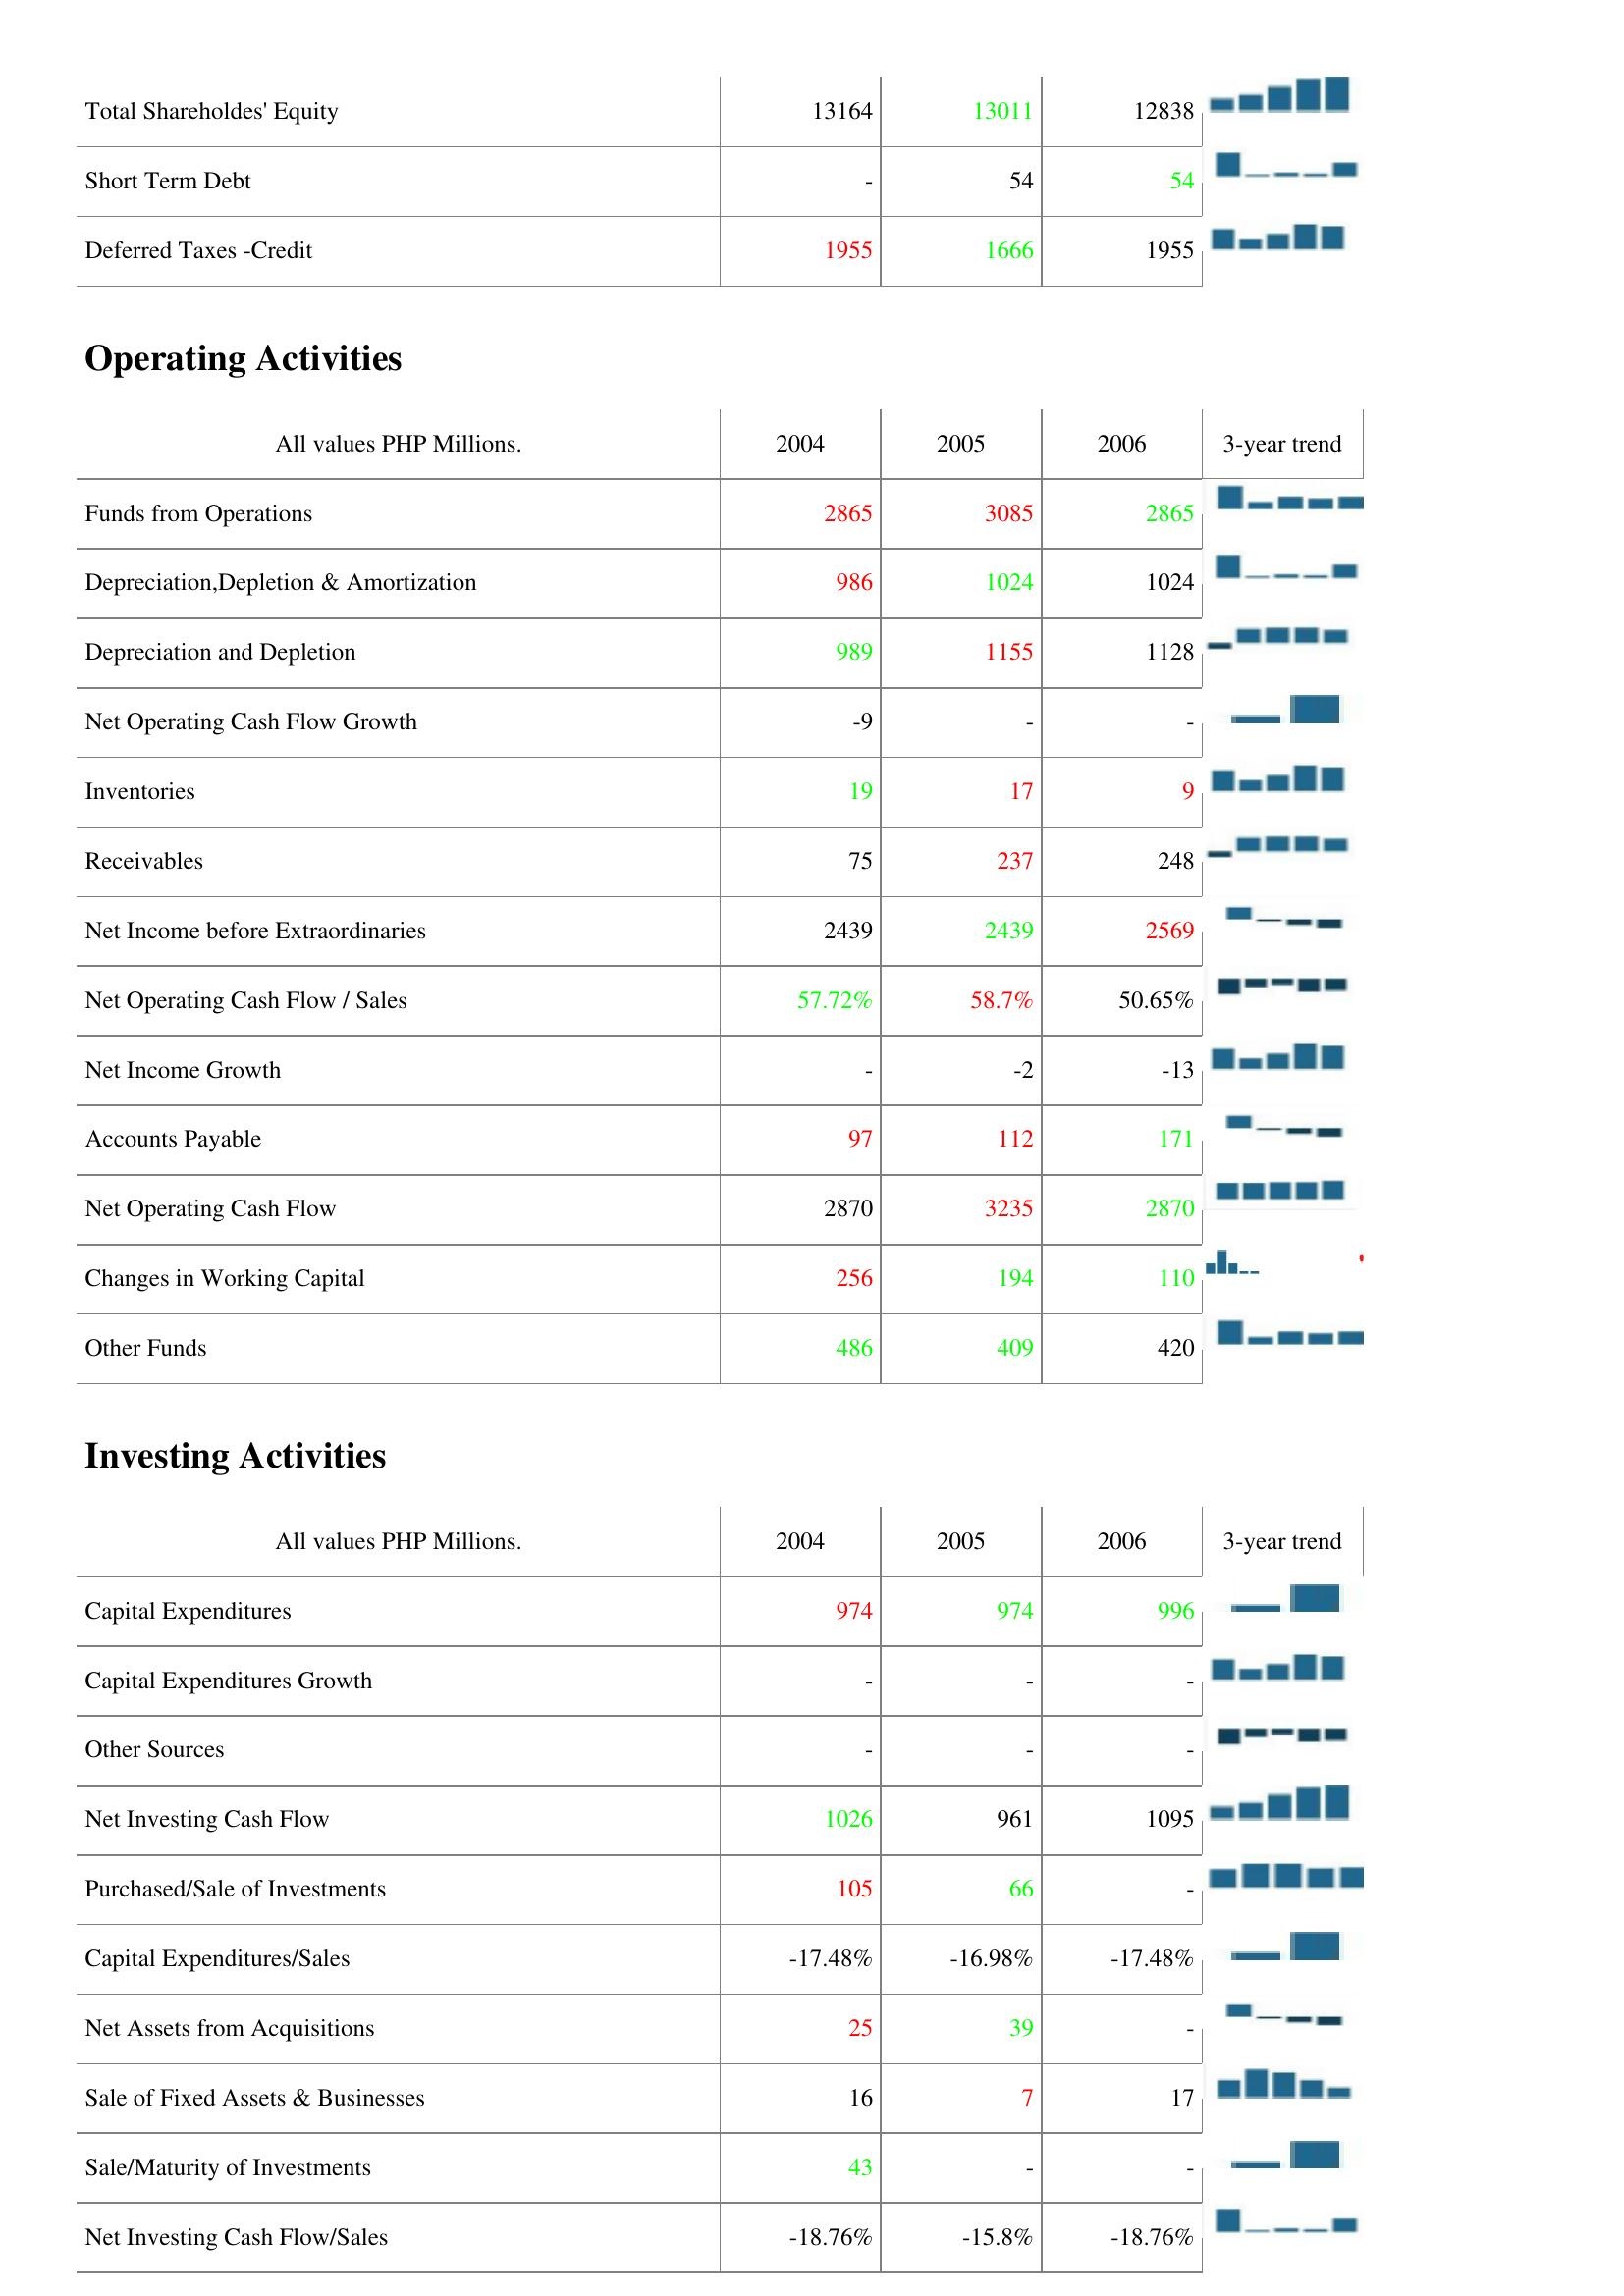
2004: Liabilities & Shareholder's Equity: Total Shareholdes' Equity: 13164
Short Term Debt: -
Deferred Taxes -Credit: 1955
Operating Activities: Funds from Operations: 2865
Depreciation,Depletion & Amortization: 986
Depreciation and Depletion: 989
Net Operating Cash Flow Growth: -9
Inventories: 19
Receivables: 75
Net Income before Extraordinaries: 2439
Net Operating Cash Flow / Sales: 57.72%
Net Income Growth: -
Accounts Payable: 97
Net Operating Cash Flow: 2870
Changes in Working Capital: 256
Other Funds: 486
Investing Activities: Capital Expenditures: 974
Capital Expenditures Growth: -
Other Sources: -
Net Investing Cash Flow: 1026
Purchased/Sale of Investments: 105
Capital Expenditures/Sales: -17.48%
Net Assets from Acquisitions: 25
Sale of Fixed Assets & Businesses: 16
Sale/Maturity of Investments: 43
Net Investing Cash Flow/Sales: -18.76%
2005: Liabilities & Shareholder's Equity: Total Shareholdes' Equity: 13011
Short Term Debt: 54
Deferred Taxes -Credit: 1666
Operating Activities: Funds from Operations: 3085
Depreciation,Depletion & Amortization: 1024
Depreciation and Depletion: 1155
Net Operating Cash Flow Growth: -
Inventories: 17
Receivables: 237
Net Income before Extraordinaries: 2439
Net Operating Cash Flow / Sales: 58.7%
Net Income Growth: -2
Accounts Payable: 112
Net Operating Cash Flow: 3235
Changes in Working Capital: 194
Other Funds: 409
Investing Activities: Capital Expenditures: 974
Capital Expenditures Growth: -
Other Sources: -
Net Investing Cash Flow: 961
Purchased/Sale of Investments: 66
Capital Expenditures/Sales: -16.98%
Net Assets from Acquisitions: 39
Sale of Fixed Assets & Businesses: 7
Sale/Maturity of Investments: -
Net Investing Cash Flow/Sales: -15.8%
2006: Liabilities & Shareholder's Equity: Total Shareholdes' Equity: 12838
Short Term Debt: 54
Deferred Taxes -Credit: 1955
Operating Activities: Funds from Operations: 2865
Depreciation,Depletion & Amortization: 1024
Depreciation and Depletion: 1128
Net Operating Cash Flow Growth: -
Inventories: 9
Receivables: 248
Net Income before Extraordinaries: 2569
Net Operating Cash Flow / Sales: 50.65%
Net Income Growth: -13
Accounts Payable: 171
Net Operating Cash Flow: 2870
Changes in Working Capital: 110
Other Funds: 420
Investing Activities: Capital Expenditures: 996
Capital Expenditures Growth: -
Other Sources: -
Net Investing Cash Flow: 1095
Purchased/Sale of Investments: -
Capital Expenditures/Sales: -17.48%
Net Assets from Acquisitions: -
Sale of Fixed Assets & Businesses: 17
Sale/Maturity of Investments: -
Net Investing Cash Flow/Sales: -18.76%